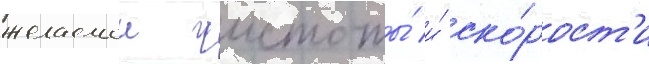
желаемои чистоты́ и́ ско́рост'и